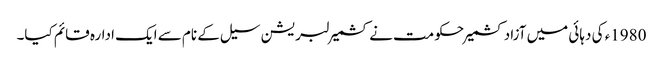
1980ء کی دہائی میں آزادکشمیر حکومت نے کشمیر لبریشن سیل کے نام سے ایک ادارہ قائم کیا۔